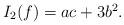
LaTeX: \begin{align*}\begin{array}{l}I_2(f)=ac+3b^2.\end{array}\end{align*}